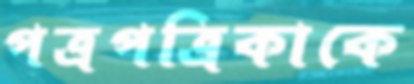
পত্রপত্রিকাকে